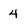
Character: 4